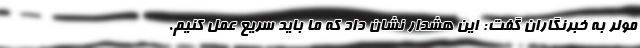
مولر به خبرنگاران گفت: این هشدار نشان داد که ما باید سریع عمل کنیم.